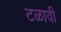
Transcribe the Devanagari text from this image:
टळावी